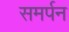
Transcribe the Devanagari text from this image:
समर्पन